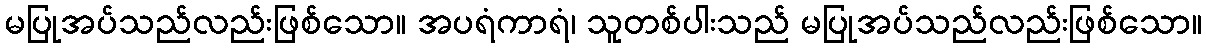
မပြုအပ်သည်လည်းဖြစ်သော။ အပရံကာရံ၊ သူတစ်ပါးသည် မပြုအပ်သည်လည်းဖြစ်သော။